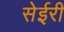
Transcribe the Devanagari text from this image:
सेईरी